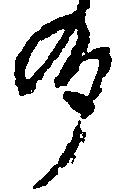
州